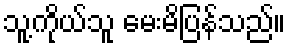
သူ့ကိုယ်သူ မေးမိပြန်သည်။